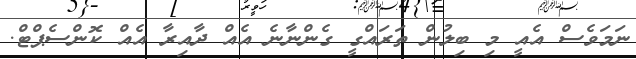
ނަމަވެސް އެއީ މި ބިލުން ތަރައްގީ ގެންނާނެ އެއް ދާއިރާ އެއް ކޮންސެޕްޓް.